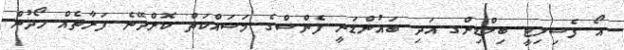
އޯ ފެސިލިޓީ ބިލްޑިންގ އަދި ބައުންޑަރީ ފެންސްގެ މަސައްކަތް ކޮށްދޭނެ ފަރާތެއް ހޯދުން